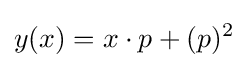
y(x)=x\cdot p+(p)^{2}